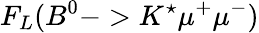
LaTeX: F_{L}(B^{0}->K^{\star}\mu^{+}\mu^{-})